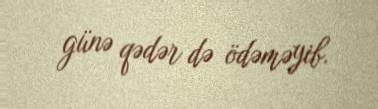
günə qədər də ödəməyib.